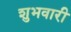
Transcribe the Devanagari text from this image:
शुभवारी